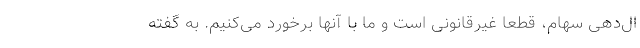
ال‌دهی سهام، قطعاً غیرقانونی است و ما با آنها برخورد می‌کنیم. به گفته